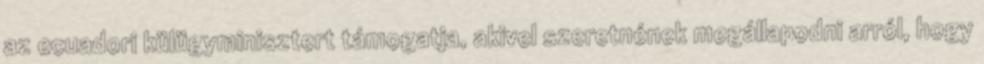
az ecuadori külügyminisztert támogatja, akivel szeretnének megállapodni arról, hogy